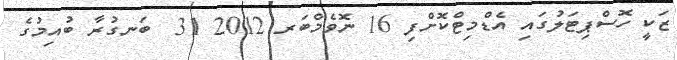
ޒަކީ ހޮސްޕިޓަލުގައި އެޑްމިޓްކޮށްފި 16 ނޮވެމްބަރ 2012 31  ބަނގުރާ ބުއިމުގެ